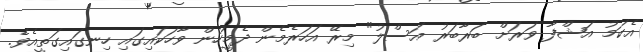
އެކަމު އަޝްފާ ވަރަށް ބަރާބަރު އަސްލު" މިރޭ އަހަރެމެން ދެމީހުން ވާހަކައިގައި ހިނގައިގަތީއެވެ.